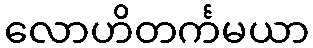
လောဟိတင်္ကမယာ